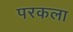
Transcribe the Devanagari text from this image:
परकला